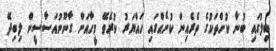
ބިލުގައި ބުނާ ކުށްތަކުގެ ތެރެއިން ކުށެއްގައި ހައްޔަރު ކުރެވޭ މީހާއަށް ގާނޫނުއަސާސީން ލިބިދޭ